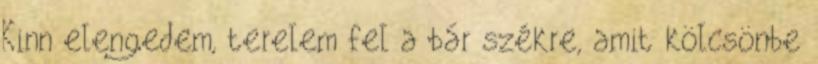
Kinn elengedem, terelem fel a bár székre, amit kölcsönbe